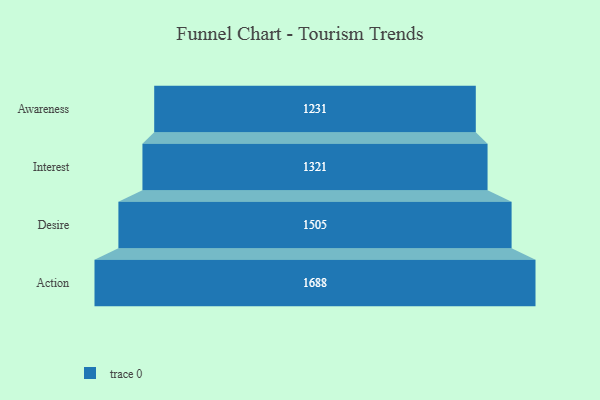
{"axis": {"x": "Stage", "y": "Value"}, "legend": [""], "data": [{"x": "Awareness", "y": 1231.0, "type": ""}, {"x": "Interest", "y": 1321.0, "type": ""}, {"x": "Desire", "y": 1505.0, "type": ""}, {"x": "Action", "y": 1688.0, "type": ""}]}